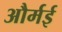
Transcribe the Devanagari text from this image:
और्मई